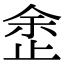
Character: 𣥳